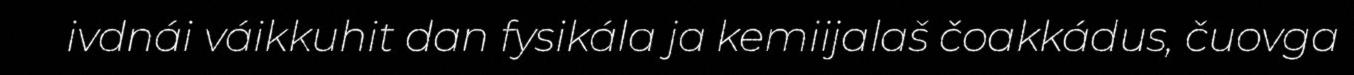
ivdnái váikkuhit dan fysikála ja kemiijalaš čoakkádus, čuovga